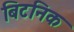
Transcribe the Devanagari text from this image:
बिटनिक